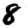
Digit: 8